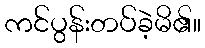
ကင်ပွန်းတပ်ခဲ့မိ၏။